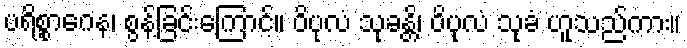
ပရိစ္စာဂေန၊ စွန့်ခြင်းကြောင့်။ ဝိပုလံ သုခန္တိ၊ ဝိပုလံ သုခံ ဟူသည်ကား။